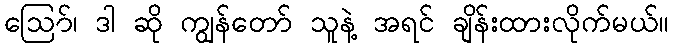
ဪ၊ ဒါ ဆို ကျွန်တော် သူနဲ့ အရင် ချိန်းထားလိုက်မယ်။